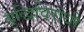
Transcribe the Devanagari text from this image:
बुद्धिविरोधी